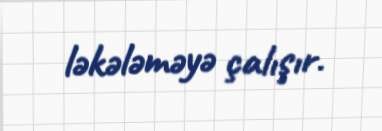
ləkələməyə çalışır.